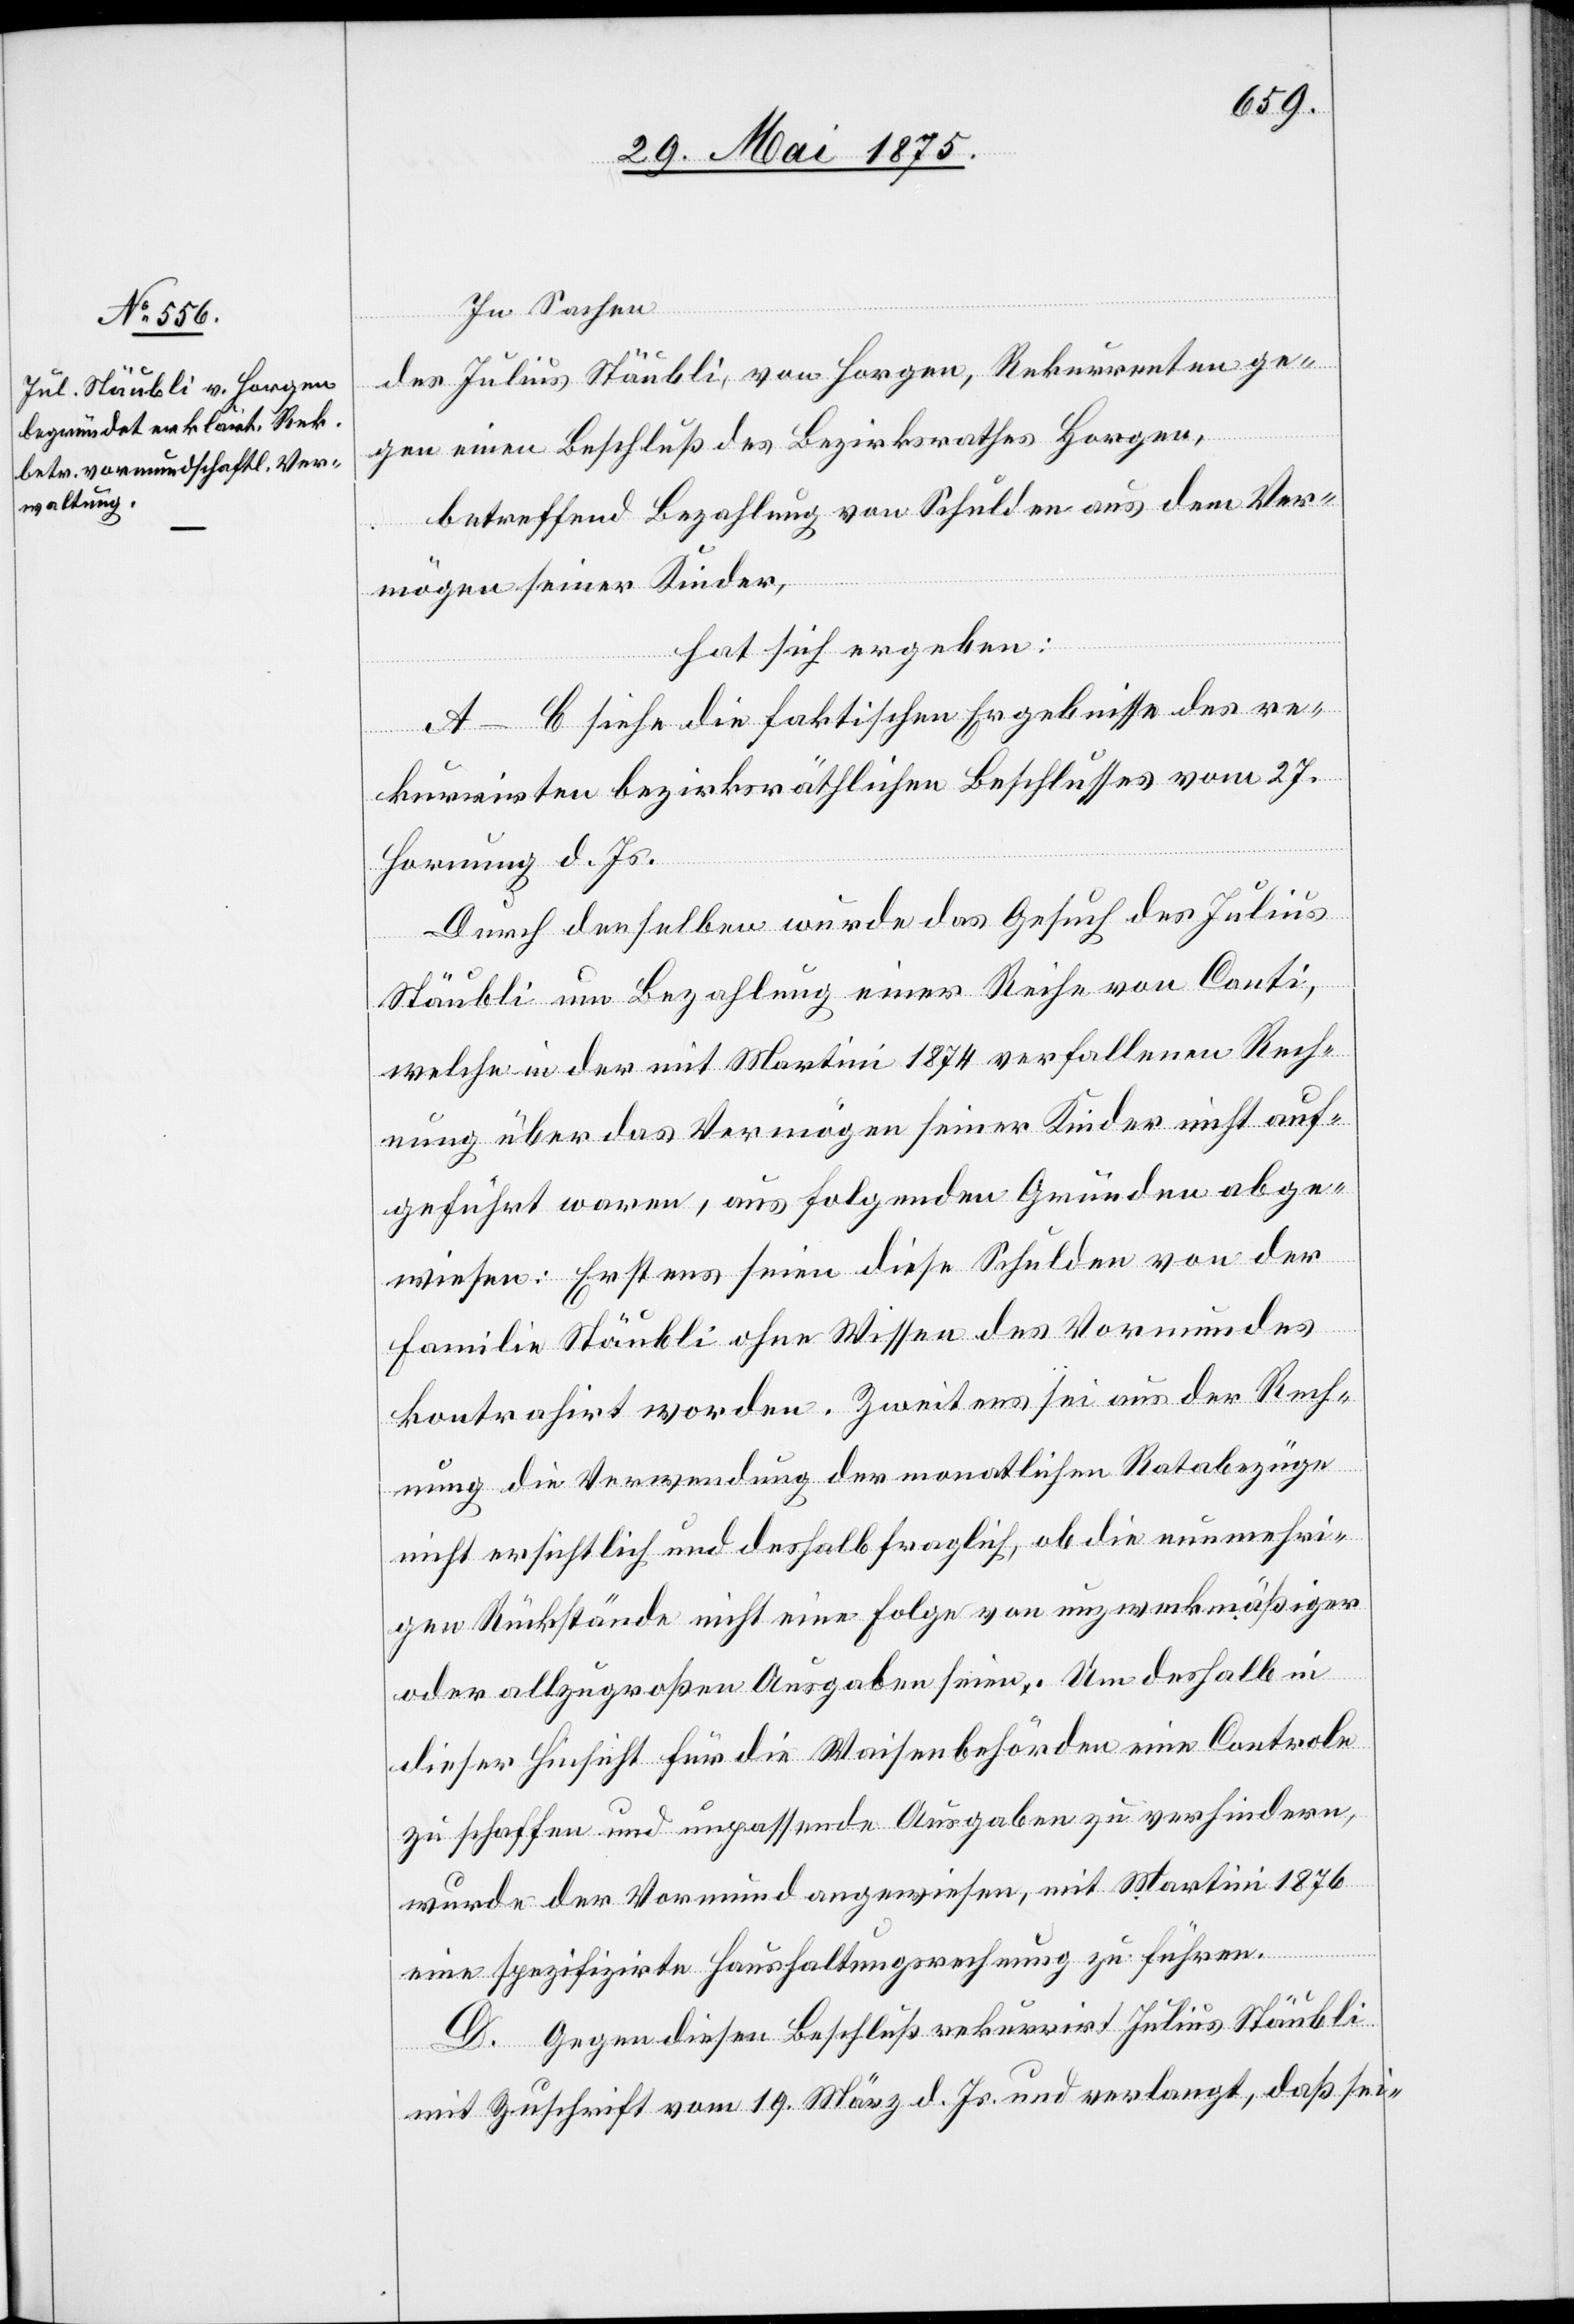
In Sachen
des Julius Stäubli, von Horgen, Rekurrenten ge¬
seien
gen einen Beschluß des Bezirksrathes Horgen,
betreffend Bezahlung von Schulden aus dem Ver¬
mögen seiner Kinder,
hat sich ergeben:
A.–C. siehe die faktischen Ergebnisse des re¬
kurrirten bezirksräthlichen Beschlusses vom 27.
Hornung d. Js.
Durch denselben wurde das Gesuch des Julius
diese
Stäubli um Bezahlung einer Reihe von Conti,
welche in der mit Martini 1874 verfallenen Rech¬
nung über das Vermögen seiner Kinder nicht auf¬
geführt waren, aus folgenden Gründen abge¬
Familie Stäubli ohne Wissen des Vormundes
kontrahirt worden. Zweitens sei aus der Rech¬
nung die Verwendung der monatlichen Ratabezüge
nicht ersichtlich und deshalb fraglich, ob die nunmehri¬
gen Rückstände nicht eine Folge von unzweckmäßiger
oder allzugroßen Ausgaben seien. Um deshalb in
dieser Hinsicht für die Waisenbehörden eine Controle
zu schaffen und unpassenden Ausgaben zu verhindern,
wurde der Vormund angewiesen mit Martini 1876
eine spezifizirte Haushaltungsrechnung zu führen.
D. Gegen diesen Beschluß rekurrirt Julius Stäubli
mit Zuschrift vom 19. März d. Js. und verlangt, daß sei-

der